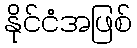
နိုင်ငံအဖြစ်